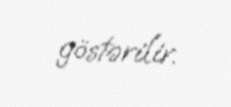
göstərilir.